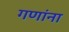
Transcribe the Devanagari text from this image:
गणांना